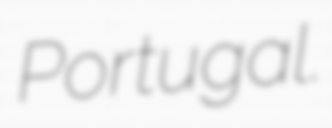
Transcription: Portugal.